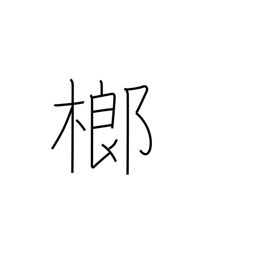
Meaning: betel palm tree